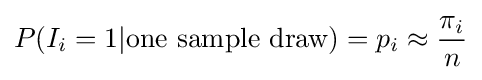
P(I_{i}=1|{\text{one sample draw}})=p_{i}\approx {\frac {\pi _{i}}{n}}